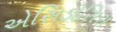
એસિડોસિસ